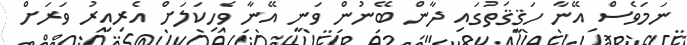
ނަމަވެސް އޭނާ ހަޤީޤަތުގައި ދާން ބޭނުން ވަނީ އޭނާ ވެހިކަލަށް އެރިއިރު ވަރަށް